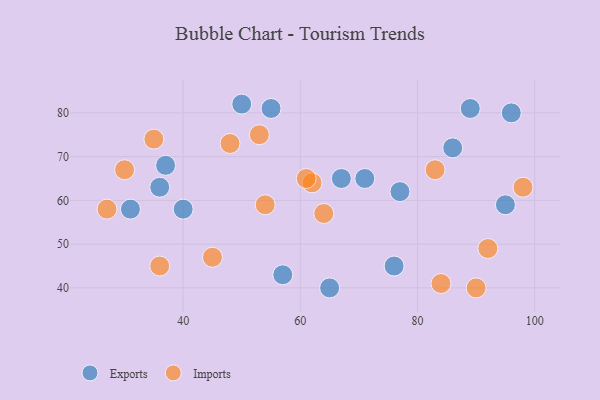
{"axis": {"x": "GDP", "y": "Life Expectancy"}, "legend": ["Exports", "Imports"], "data": [{"x": "96", "y": 80, "type": "Exports"}, {"x": "71", "y": 65, "type": "Exports"}, {"x": "77", "y": 62, "type": "Exports"}, {"x": "40", "y": 58, "type": "Exports"}, {"x": "67", "y": 65, "type": "Exports"}, {"x": "76", "y": 45, "type": "Exports"}, {"x": "36", "y": 63, "type": "Exports"}, {"x": "31", "y": 58, "type": "Exports"}, {"x": "86", "y": 72, "type": "Exports"}, {"x": "55", "y": 81, "type": "Exports"}, {"x": "65", "y": 40, "type": "Exports"}, {"x": "95", "y": 59, "type": "Exports"}, {"x": "50", "y": 82, "type": "Exports"}, {"x": "57", "y": 43, "type": "Exports"}, {"x": "89", "y": 81, "type": "Exports"}, {"x": "37", "y": 68, "type": "Exports"}, {"x": "92", "y": 49, "type": "Imports"}, {"x": "27", "y": 58, "type": "Imports"}, {"x": "36", "y": 45, "type": "Imports"}, {"x": "83", "y": 67, "type": "Imports"}, {"x": "30", "y": 67, "type": "Imports"}, {"x": "62", "y": 64, "type": "Imports"}, {"x": "84", "y": 41, "type": "Imports"}, {"x": "90", "y": 40, "type": "Imports"}, {"x": "98", "y": 63, "type": "Imports"}, {"x": "53", "y": 75, "type": "Imports"}, {"x": "45", "y": 47, "type": "Imports"}, {"x": "35", "y": 74, "type": "Imports"}, {"x": "64", "y": 57, "type": "Imports"}, {"x": "48", "y": 73, "type": "Imports"}, {"x": "54", "y": 59, "type": "Imports"}, {"x": "61", "y": 65, "type": "Imports"}]}